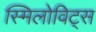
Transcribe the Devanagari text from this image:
स्मिलोविट्स